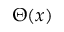
\Theta ( x )